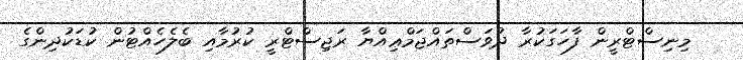
މިނިސްޓްރީން ފާހަގަކުރާ ދުވަސްތައްޖަމްޢިއްޔާ ރަޖިސްޓްރީ ކުރުމާއި ބެލެހެއްޓުން ކުޑަކުދިންގެ